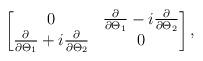
LaTeX: \begin{align*}\begin{bmatrix} 0 & \frac{\partial}{\partial \Theta_1} - i\frac{\partial}{\partial \Theta_2}\\ \frac{\partial}{\partial \Theta_1} + i \frac{\partial}{\partial \Theta_2}& 0 \end{bmatrix},\end{align*}